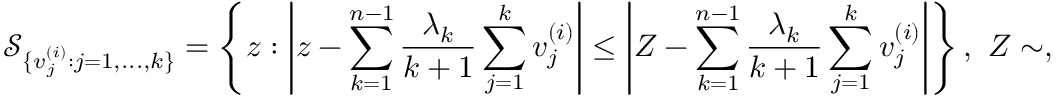
\mathcal { S } _ { \{ v _ { j } ^ { ( i ) } : j = 1 , . . . , k \} } = \left\{ z : \left| z - \sum _ { k = 1 } ^ { n - 1 } \frac { \lambda _ { k } } { k + 1 } \sum _ { j = 1 } ^ { k } v _ { j } ^ { ( i ) } \right| \le \left| Z - \sum _ { k = 1 } ^ { n - 1 } \frac { \lambda _ { k } } { k + 1 } \sum _ { j = 1 } ^ { k } v _ { j } ^ { ( i ) } \right| \right\} , \ Z \sim ,